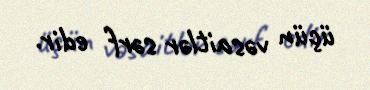
üçün vəsaitlər sərf edir.